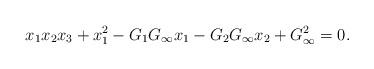
LaTeX: \begin{align*}x_1x_2x_3 + x_1^2-G_1 G_\infty x_1 -G_2 G_\infty x_2 + G_\infty^2=0.\end{align*}